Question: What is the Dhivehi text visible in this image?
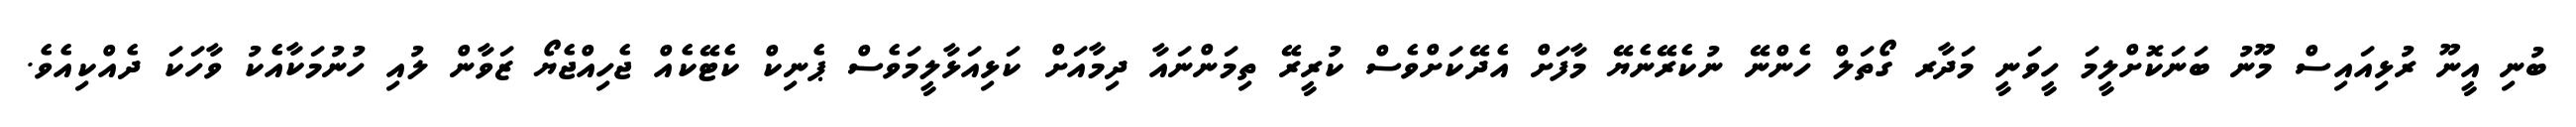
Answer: ބުނި އީނޫ ރުޅިއައިސް މޫނު ބަނަކޮށްލީމަ ހީވަނީ މަދާރ ގޯތަލް ހެންނޭ ނުކެރޭނެޔޭ މާފަށް އެދޭކަށްވެސް ކުރީރޭ ތިމަންނައާ ދިމާއަށް ކަޅިއަޅާލީމަވެސް ޕެނިކް ކެޓޭކެއް ޖެހިއްޖެޔޯ ޒަވާން ލުއި ހުނުމަކާއެކު ވާހަކަ ދެއްކިއެވެ.